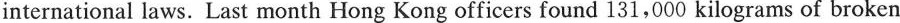
international laws. Last month Hong Kong officers found 131,000 kilograms of broken